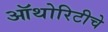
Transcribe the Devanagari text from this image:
ऑथोरिटीचे